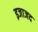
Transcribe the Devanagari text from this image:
इजाजद